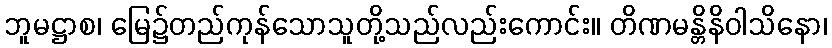
ဘူမဋ္ဌာစ၊ မြေ၌တည်ကုန်သောသူတို့သည်လည်းကောင်း။ တိဏမန္တိနိဝါသိနော၊